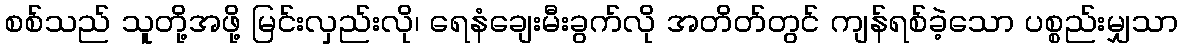
စစ်သည် သူတို့အဖို့ မြင်းလှည်းလို၊ ရေနံချေးမီးခွက်လို အတိတ်တွင် ကျန်ရစ်ခဲ့သော ပစ္စည်းမျှသာ